Scottish Leaving Certificate Examination, 1959
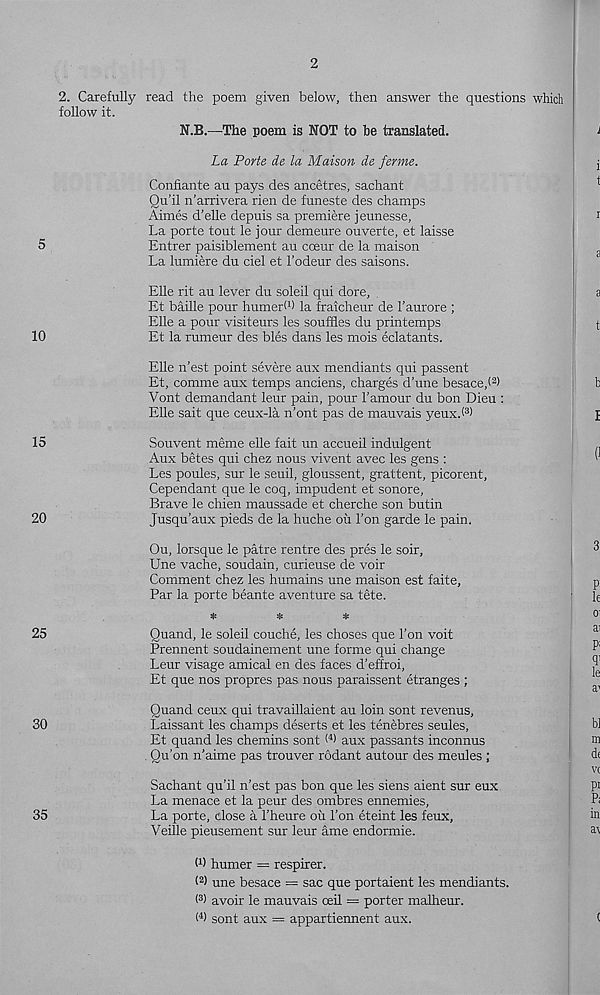
5
10
15
20
25
30
35
2
2. Carefully
follow it.
read the poem given below, then answer the questions which
N.B.—The poem is NOT to be translated.
La Porte de la Maison de ferme.
Confiante au pays des ancetres, sachant
Qu’il n’arrivera rien de funeste des champs
Aimes d’elle depuis sa premiere jeunesse,
La porte tout le jour demeure ouverte, et laisse
Entrer paisiblement au coeur de la maison
La lumiere du ciel et 1’odeur des saisons.
Elle rit au lever du soldi qui dore,
Et bailie pour humeri 1 ) la fraicheur de 1’aurore ;
Elle a pour visiteurs les souffles du printemps
Et la rumeur des bles dans les mois eclatants.
Elle n’est point severe aux mendiants qui passent
Et, comme aux temps anciens, charges d’une besace,! 2 )
Vont demandant leur pain, pour Famour du bon Dieu :
Elle sait que ceux-la n'ont pas de mauvais yeux.( 3 >
Souvent meme elle fait un accueil indulgent
Aux betes qui chez nous vivent avec les gens :
Les poules, sur le seuil, gloussent, grattent, picorent,
Cependant que le coq, impudent et sonore.
Brave le chien maussade et cherche son butin
Jusqu’aux pieds de la huche oil Ton garde le pain.
Ou, lorsque le patre rentre des pres le soir,
Une vache, soudain, curieuse de voir
Comment chez les humains une maison est faite.
Par la porte beante aventure sa tete.
*
*
*
Quand, le soleil couche, les choses que Ton voit
Prennent soudainement une forme qui change
Leur visage amical en des faces d’effroi,
Et que nos propres pas. nous paraissent etranges ;
Quand ceux qui travaillaient au loin sont revenus,
Laissant les champs deserts et les tenebres seules,
Et quand les chemins sont < 4 ) aux passants inconnus
. Qu’on n'aime pas trouver rodant autour des meules ;
Sachant qu’il n’est pas bon que les siens aient sur eux
La menace et la peur des ombres ennemies,
La porte, dose a 1’heure ou Ton eteint les feux,
Veille pieusement sur leur ame endormie.
M burner = respirer.
( 2 > une besace = sac que portaient les mendiants.
I 3 ) avoir le mauvais oeil = porter malheur.
W sont aux = appartiennent aux.